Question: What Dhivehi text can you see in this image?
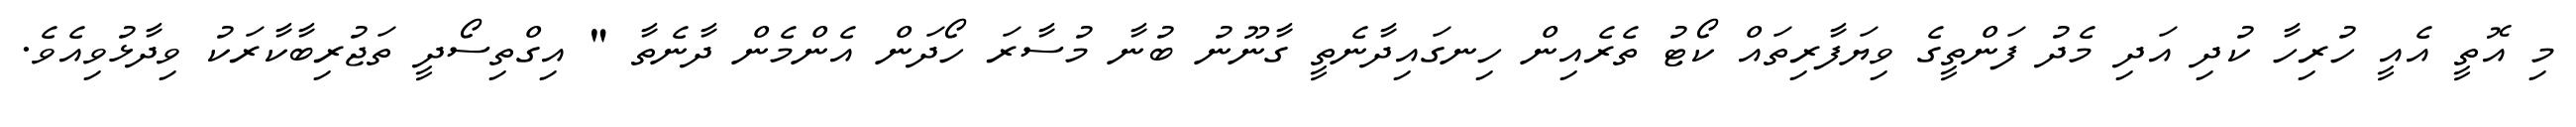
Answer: މި އޮތީ އެއީ ހުރިހާ ކުދި އަދި މެދު ފަންތީގެ ވިޔަފާރިތައް ކޯޓު ތެރެއިން ހިނގައިދާނެތީ ގާނޫނު ބުނާ މުސާރަ ހޯދަން އެންމެން ދާނެތާ " އިގްތިސޯދީ ތަޖުރިބާކާރަކު ވިދާޅުވިއެވެ.